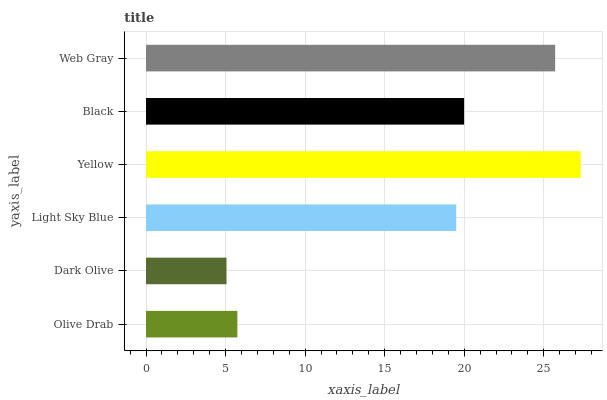
| yaxis_label | bars |
 | --- | --- |
 | Olive Drab | 5.74 |
 | Dark Olive | 5.06 |
 | Light Sky Blue | 19.5 |
 | Yellow | 27.3 |
 | Black | 20 |
 | Web Gray | 25.7 |